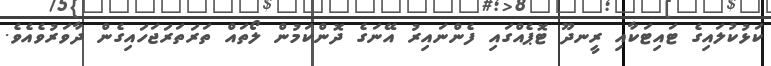
ކަޅުކުލައިގެ ޓައިޓަކާއި ރީނދޫ ޓޮޕެއްގައި ފެންނައިރު އޭނަގެ ދޮންކަމުން ލޯތައް ތަރަތަރަޖަހައިގެން ދާވަރުވެއެވެ.